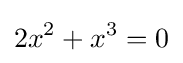
2x^{2}+x^{3}=0